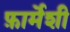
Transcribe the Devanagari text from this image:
फ़ार्मेशी